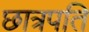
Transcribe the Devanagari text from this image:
छात्रपति